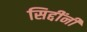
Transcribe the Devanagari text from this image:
सिद्दींनी